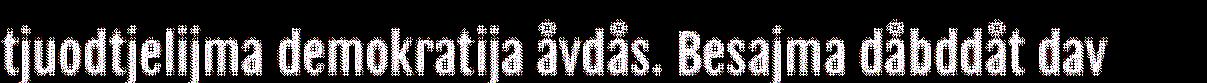
tjuodtjelijma demokratija åvdås. Besajma dåbddåt dav